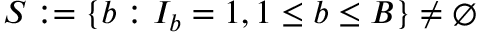
S : = \{ b : I _ { b } = 1 , 1 \leq b \leq B \} \neq \emptyset